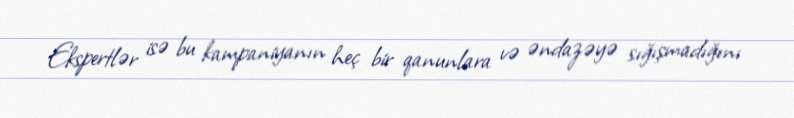
Ekspertlər isə bu kampaniyanın heç bir qanunlara və əndazəyə sığışmadığını